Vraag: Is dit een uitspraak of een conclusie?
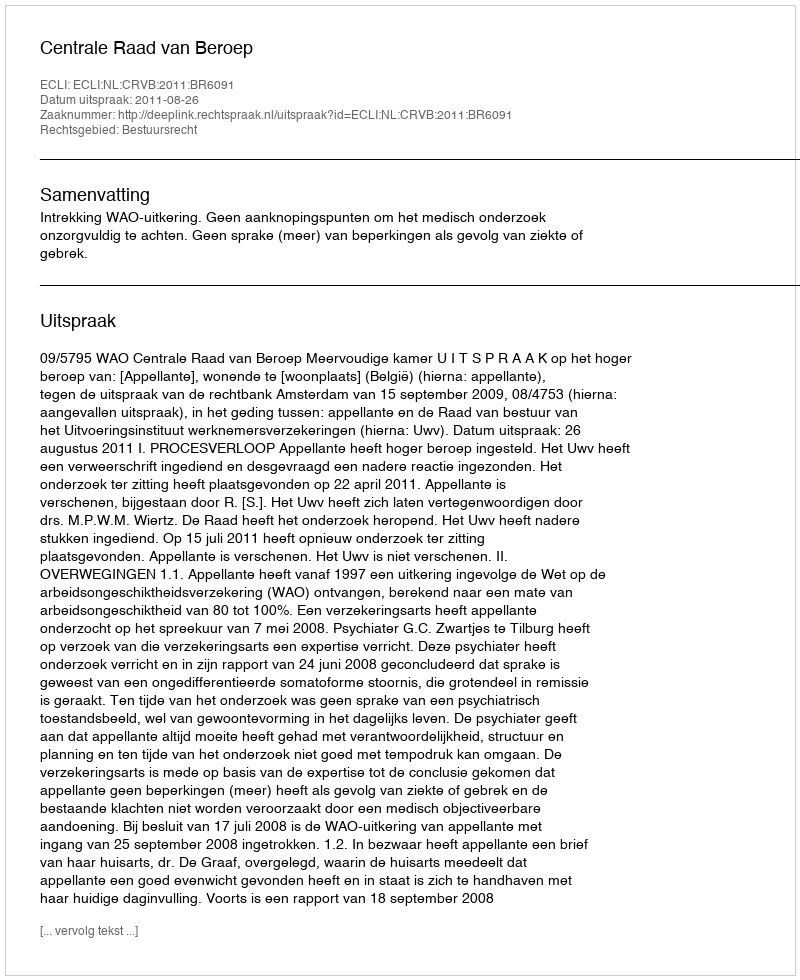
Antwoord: Uitspraak